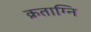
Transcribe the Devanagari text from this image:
क्रताग्नि